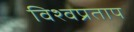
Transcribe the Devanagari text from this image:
विश्वप्रताप